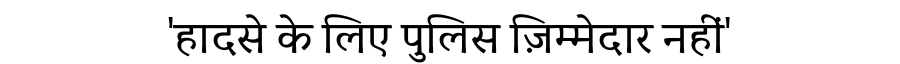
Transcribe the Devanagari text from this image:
'हादसे के लिए पुलिस ज़िम्मेदार नहीं'